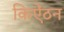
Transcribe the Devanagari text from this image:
किऐंठन